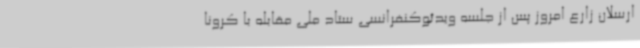
ارسلان زارع امروز پس از جلسه ویدئوکنفرانسی ستاد ملی مقابله با کرونا